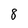
Character: 8